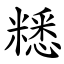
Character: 䊝